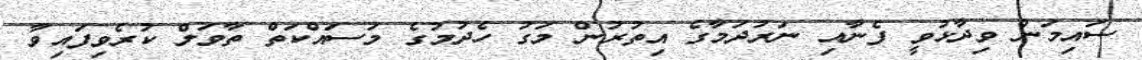
ސައިމަން ވިދާޅުވީ ފެނާއި ނަރުދަމާގެ އިތުރުން މަގު ހެދުމުގެ މަސައްކަތް ތާވަލް ކުރެވިފައިވާ